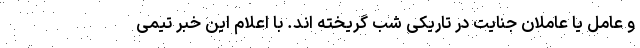
و عامل یا عاملان جنایت در تاریکی شب گریخته اند. با اعلام این خبر تیمی